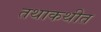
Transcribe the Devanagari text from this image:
तथाकथीत